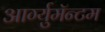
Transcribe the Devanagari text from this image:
आर्ग्युमॅन्टम